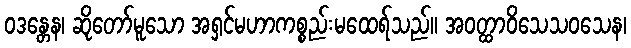
ဝဒန္တေန၊ ဆိုတော်မူသော အရှင်မဟာကစ္စည်းမထေရ်သည်။ အဝတ္ထာဝိသေသဝသေန၊